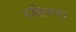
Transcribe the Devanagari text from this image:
दक्षिणम्।